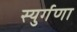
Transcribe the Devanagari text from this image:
स्युर्गणा